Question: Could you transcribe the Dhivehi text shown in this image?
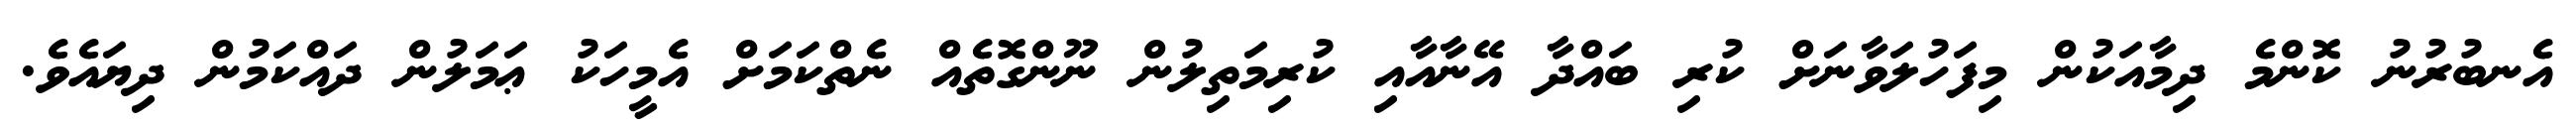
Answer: އެނބުރުނު ކޮންމެ ދިމާއަކުން މިފަހުލަވާނަށް ކުރި ބައްދާ އޭނާއާއި ކުރިމަތިލުން ނޫންގޮތެއް ނެތްކަމަށް އެމީހަކު ޢަމަލުން ދައްކަމުން ދިޔައެވެ.